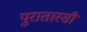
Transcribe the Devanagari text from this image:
पुरातास्सी